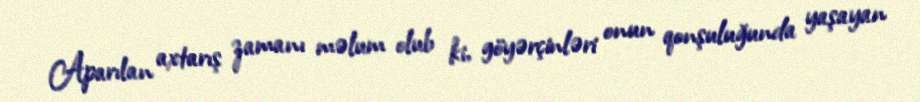
Aparılan axtarış zamanı məlum olub ki, göyərçinləri onun qonşuluğunda yaşayan